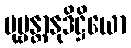
ပုဗ္ဗန္တာနုဒိဋ္ဌိယော